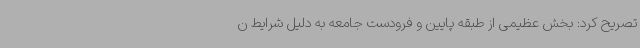
تصریح کرد: بخش عظیمی از طبقه پایین و فرودست جامعه به دلیل شرایط ن